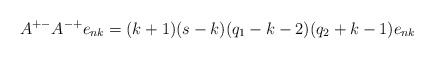
\begin{align*}A^{+-}A^{-+}e_{nk}=(k+1)(s-k)(q_1-k-2)(q_2+k-1)e_{nk}\end{align*}